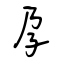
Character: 孕